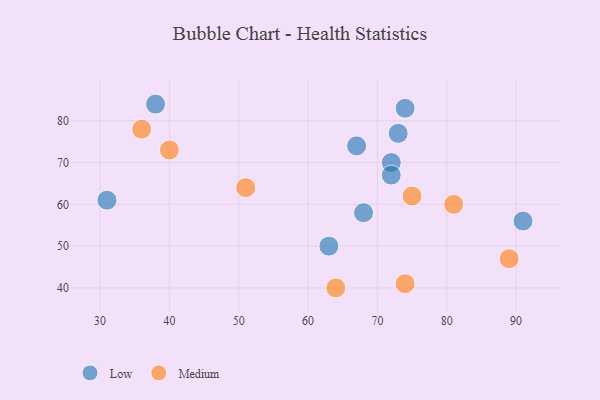
{"axis": {"x": "GDP", "y": "Life Expectancy"}, "legend": ["Low", "Medium"], "data": [{"x": "74", "y": 83, "type": "Low"}, {"x": "72", "y": 70, "type": "Low"}, {"x": "73", "y": 77, "type": "Low"}, {"x": "38", "y": 84, "type": "Low"}, {"x": "63", "y": 50, "type": "Low"}, {"x": "31", "y": 61, "type": "Low"}, {"x": "91", "y": 56, "type": "Low"}, {"x": "68", "y": 58, "type": "Low"}, {"x": "72", "y": 67, "type": "Low"}, {"x": "67", "y": 74, "type": "Low"}, {"x": "64", "y": 40, "type": "Medium"}, {"x": "40", "y": 73, "type": "Medium"}, {"x": "89", "y": 47, "type": "Medium"}, {"x": "81", "y": 60, "type": "Medium"}, {"x": "36", "y": 78, "type": "Medium"}, {"x": "51", "y": 64, "type": "Medium"}, {"x": "74", "y": 41, "type": "Medium"}, {"x": "75", "y": 62, "type": "Medium"}]}